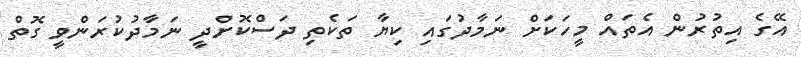
އޭގެ އިތުރުން އެތައް މީހަކަށް ނަމާދުގައި ކިޔާ ތަކެތި ދަސްކޮށްދީ ނަމާދުކުރަންވީ ގޮތް